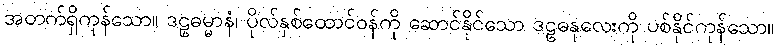
အတက်ရှိကုန်သော။ ဒဠှဓမ္မာနံ၊ ပိုလ်နှစ်ထောင်ဝန်ကို ဆောင်နိုင်သော ဒဠှဓနုလေးကို ပစ်နိုင်ကုန်သော။